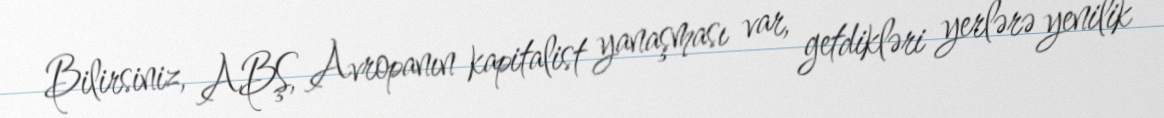
Bilirsiniz, ABŞ, Avropanın kapitalist yanaşması var, getdikləri yerlərə yenilik